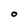
Character: O